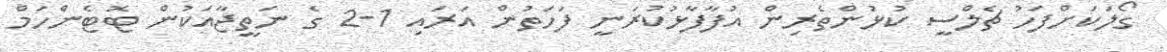
ގޯލަކަށްފަހު ޗެލްސީ ކުޅުންތެރިން އުފާފާޅުކުރަނީ ފަހަތުން އަރައި 1-2 ގެ ނަތީޖާއަކުން ޓޮޓެންހަމް